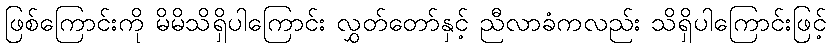
ဖြစ်ကြောင်းကို မိမိသိရှိပါကြောင်း လွှတ်တော်နှင့် ညီလာခံကလည်း သိရှိပါကြောင်းဖြင့်